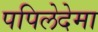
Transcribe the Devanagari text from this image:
पपिलेदेमा